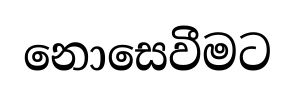
නොසෙවීමට